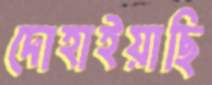
দোহাইয়াছি